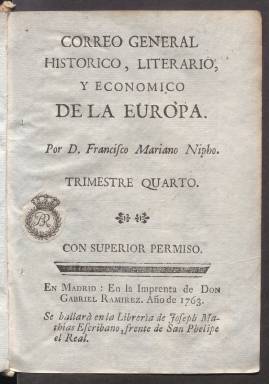
Título: Correo general historico, literario, y economico de la Europa
Colección: Agricultura y ganadería || Economía
Ámbito geográfico: Madrid
Lugar de publicación: En Madrid
Fechas: 01/01/1763-31/12/1763

Esta publicación del año de 1763 es obra del que es considerado el primer periodista profesional de España, Francisco Mariano Nifo, y es continuación de la que había editado el año anterior: la Estafeta de Londres. Al igual que esta última, se trata de una obra que comparte el espíritu ilustrado de la época, la crítica social y el afán de cambio y progreso.

  También como la Estafeta de Londres, el Correo general histórico, literario, y económico de la Europa está estructurado en forma de cartas que son publicadas con irregularidad, pero agrupadas en trimestres. Así, tenemos cuatro volúmenes que agrupan todas las editadas a lo largo de 1763. Este sistema de contar o relatar mediante cartas está en el origen del periodismo, que tiene su raíz en las relaciones de sucesos del siglo XVI y en las gacetas del siglo siguiente.

 Las cartas del Correo general histórico, como ocurriera en la publicación anterior, no iban dirigidas a nadie en particular, sino a personajes anónimos individuales o colectivos. Así podemos ver cartas dirigidas al conde, a un caballero, a los españoles, a un labrador, a un presbítero…

  En su introducción a la obra Nifo explica su propósito, su plan como él lo llama, que es este: ‘Cuatro objetos componen el de la presente obra, Ciencias, Agricultura, Artes y Comercio. Ciencias para la ilustración; Agricultura para la subsistencia; Artes para la comodidad; y Comercio para el interés’.

   El espíritu que anima la publicación de Nifo es conseguir que España no se quede atrás en ninguna de las ramas del saber o de la industria y que pueda progresar al ritmo de las naciones de norte de Europa, que ya en el siglo XVIII habían iniciado su despegue. Es el mismo espíritu con el que el año anterior escribió la Estafeta de Londres para que España no se quedara atrás respecto a Inglaterra.

   Una de las cartas trata sobre la pobreza de España y de cómo el país había venido a menos tras su anterior poderío. Es curioso cuando Nifo sitúa cronológicamente el inicio de este retraso. Según dice: ‘Su decadencia se ha hecho reconocer desde mediados del reinado de Felipe II; después se ha ido considerablemente aumentando hasta el punto en que hoy la vemos’.

  Antes de esta publicación periódica Nifo había editado el primer diario de España, el Diario Noticioso, curioso-erudito y comercial, público y económico, en 1758; el Cajón de sastre literario, 1760-1761; y la citada Estafeta de Londres.

[Descripción publicada el 8/09/2023]